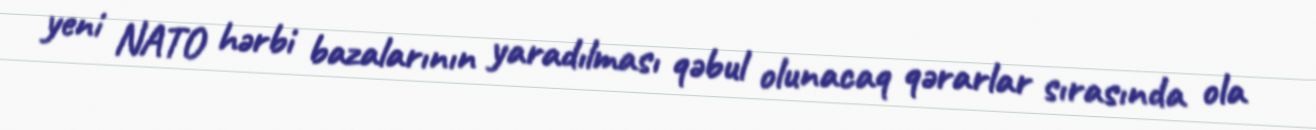
yeni NATO hərbi bazalarının yaradılması qəbul olunacaq qərarlar sırasında ola